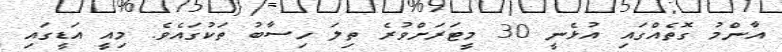
އާންމު ގޮތެއްގައި އުޅެނީ 30 މީޓަރަށްވުރެ ތިލަ ހިސާބު ތަކުގައެވެ. މިއީ އަޑީގައި